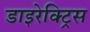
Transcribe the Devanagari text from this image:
डाइरेक्ट्रिस